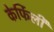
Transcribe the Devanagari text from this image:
केर्फिली